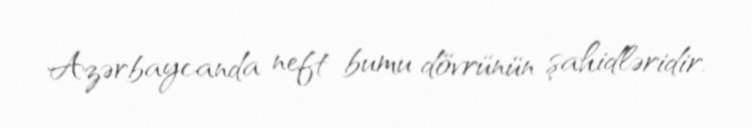
Azərbaycanda neft bumu dövrünün şahidləridir.